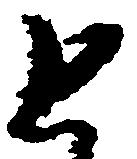
と